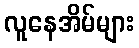
လူနေအိမ်များ